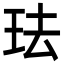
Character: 珐